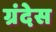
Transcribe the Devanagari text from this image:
ग्रंदेस